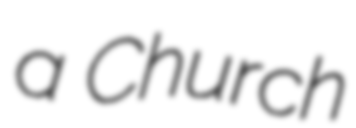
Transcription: a Church